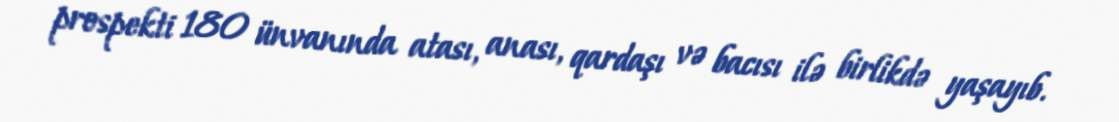
prospekti 180 ünvanında atası, anası, qardaşı və bacısı ilə birlikdə yaşayıb.